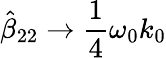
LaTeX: \hat{\beta}_{22}\to\frac{1}{4}\omega_{0}k_{0}